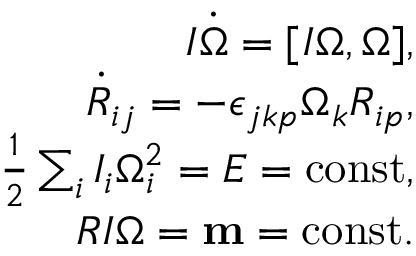
\begin{array} { r } { I \dot { \boldsymbol \Omega } = [ I { \boldsymbol \Omega } , { \boldsymbol \Omega } ] , } \\ { \dot { R } _ { i j } = - \epsilon _ { j k p } \Omega _ { k } R _ { i p } , } \\ { \frac 1 2 \sum _ { i } I _ { i } \Omega _ { i } ^ { 2 } = E = \mathrm { c o n s t } , } \\ { R I { \boldsymbol \Omega } = { \bf m } = \mathrm { c o n s t } . } \end{array}